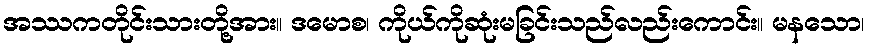
အဿကတိုင်းသားတို့အား။ ဒမောစ၊ ကိုယ်ကိုဆုံးမခြင်းသည်လည်းကောင်း။ မနသော၊